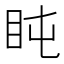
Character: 盹